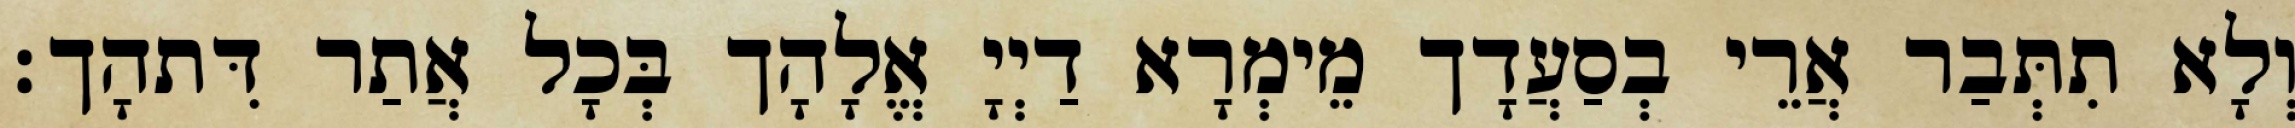
וְלָא תִתְּבַר אֲרֵי בְסַעֲדָך מֵימְרָא דַיְיָ אֱלָהָך בְּכָל אֲתַר דִּתהָך׃